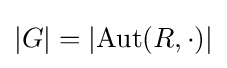
\vert G\vert =\vert \mathrm {Aut} (R,\cdot )\vert